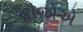
ફૌજોએ